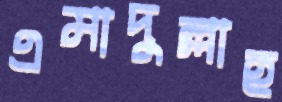
এমাদুল্লাহ